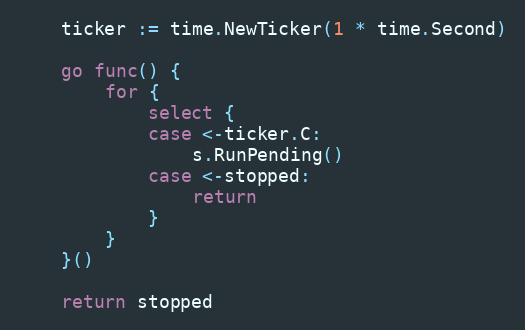
Language: Go
	ticker := time.NewTicker(1 * time.Second)

	go func() {
		for {
			select {
			case <-ticker.C:
				s.RunPending()
			case <-stopped:
				return
			}
		}
	}()

	return stopped